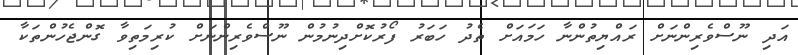
އަދި ނޫސްވެރިންނަށް ރައްޔިތުންނާ ހަމައަށް ތެދު ހަބަރު ފޯރުކޮށްދިނުމުން ނޫސްވެރިންނަށް ކުރިމަތިވާ ގޮންޖެހުންތަކާ